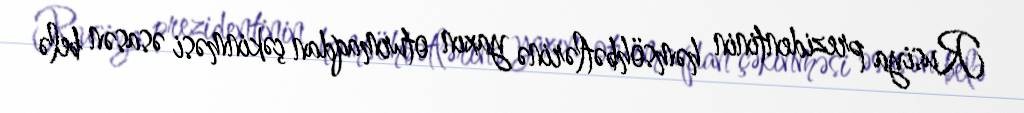
Rusiya prezidentinin həmsöhbətlərinə yaxın oturmaqdan çəkinməsi əsasən belə